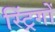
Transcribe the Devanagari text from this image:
स्ट्रिंगों